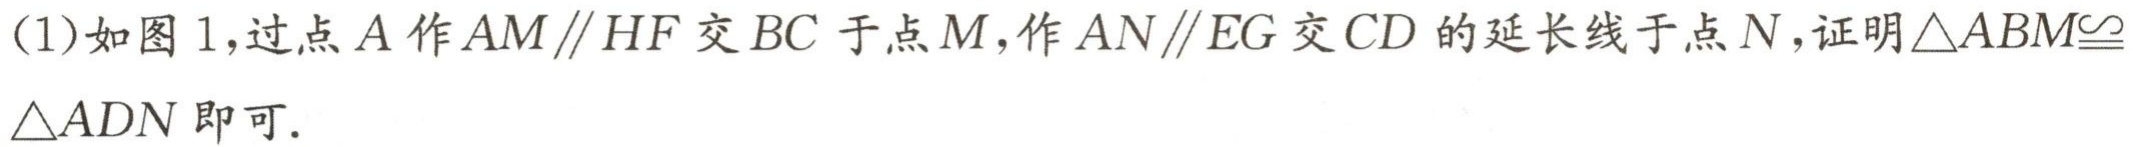
(1)如图1,过点\(A\)作\(AM\parallel HF\)交\(BC\)于点\(M\),作\(AN\parallel EG\)交\(CD\)的延长线于点\(N\),证明\(\triangle ABM\cong\triangle ADN\)即可.